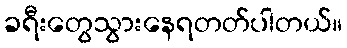
ခရီးတွေသွားနေရတတ်ပါတယ်။